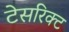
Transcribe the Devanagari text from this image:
टेसरिक्ट